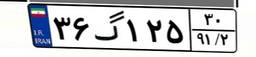
۳۶گ۱۲۵۳۰